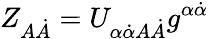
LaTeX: Z_{A\dot{A}}=U_{\alpha\dot{\alpha}A\dot{A}}g^{\alpha\dot{\alpha}}